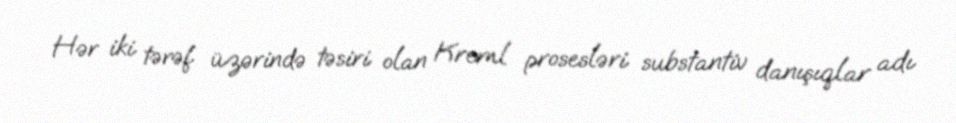
Hər iki tərəf üzərində təsiri olan Kreml prosesləri substantiv danışıqlar adı